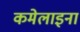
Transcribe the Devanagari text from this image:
कमेलाइना